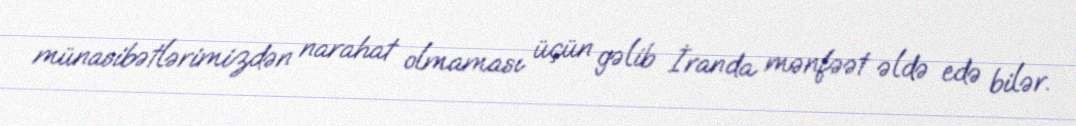
münasibətlərimizdən narahat olmaması üçün gəlib İranda mənfəət əldə edə bilər.